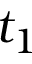
t _ { 1 }